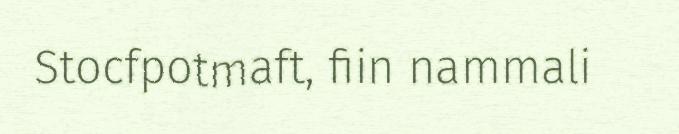
Stocfpotmaft, fiin nammali